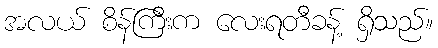
အလယ် စိန်ကြီးက လေးရတီခန့် ရှိသည်။